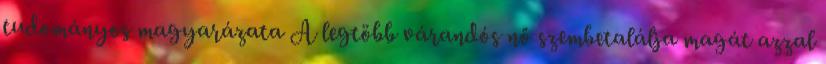
tudományos magyarázata A legtöbb várandós nő szembetalálja magát azzal